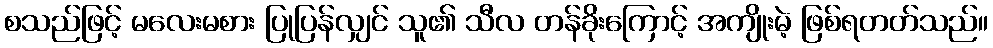
စသည်ဖြင့် မလေးမစား ပြုပြန်လျှင် သူ၏ သီလ တန်ခိုးကြောင့် အကျိုးမဲ့ ဖြစ်ရတတ်သည်။